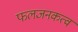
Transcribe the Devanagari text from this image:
फलजनकत्वं